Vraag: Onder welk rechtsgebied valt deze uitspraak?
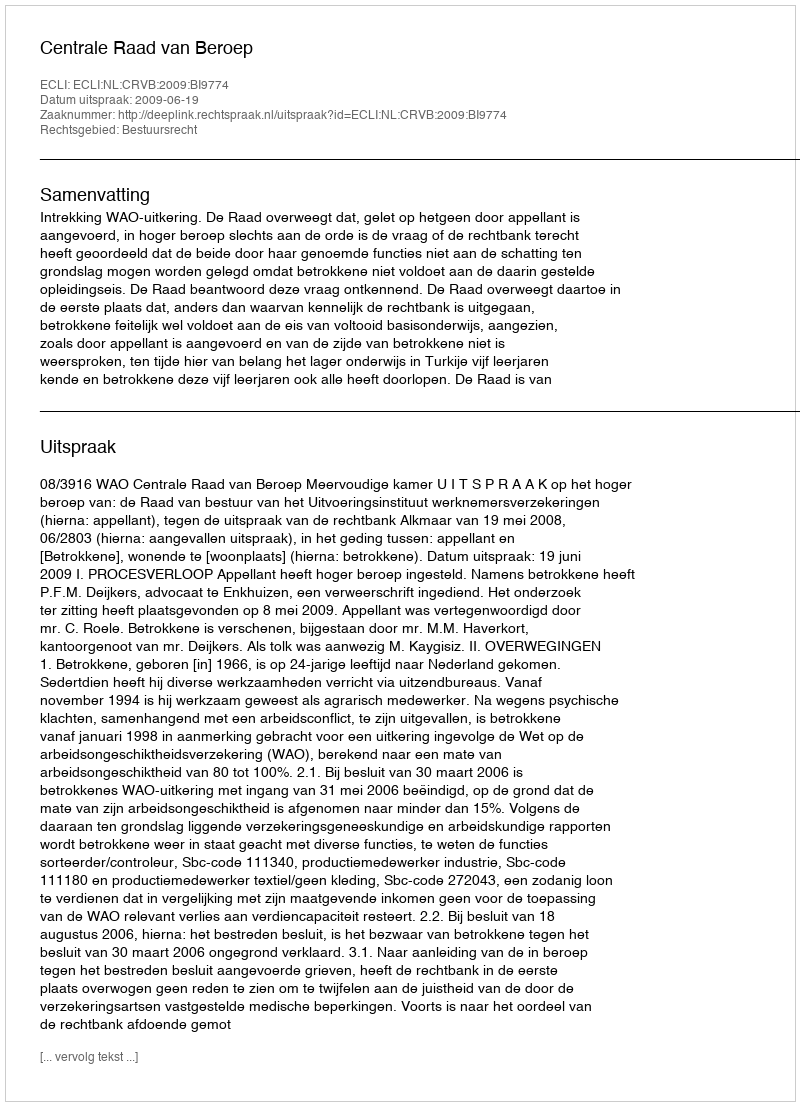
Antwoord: Bestuursrecht